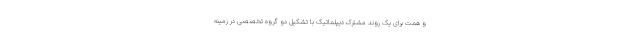
و همت برای یک روند مشترک دیپلماتیک با تشکیل دو گروه تخصصی در زمینه